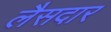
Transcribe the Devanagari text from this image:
लैसदार